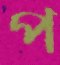
প